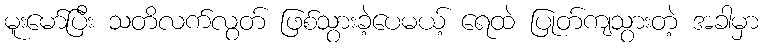
မူးမော်ပြီး သတိလက်လွတ် ဖြစ်သွားခဲ့ပေမယ့် ရေထဲ ပြုတ်ကျသွားတဲ့ အခါမှာ